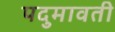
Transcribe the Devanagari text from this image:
पदुमावती